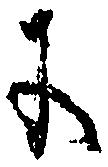
に